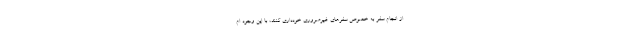
از انجام سفر به خصوص سفرهای غیرضروری خودداری کنند، با این وجود ام